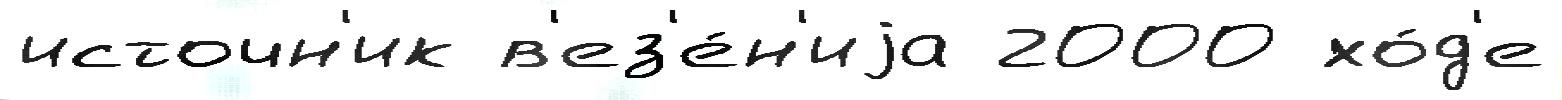
источн'ик в'ез'е́н'иjа 2000 хо́д'е